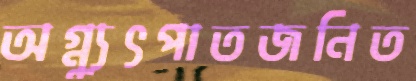
অগ্ন্যুৎপাতজনিত